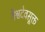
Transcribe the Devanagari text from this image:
वैश्वदेवसूक्त